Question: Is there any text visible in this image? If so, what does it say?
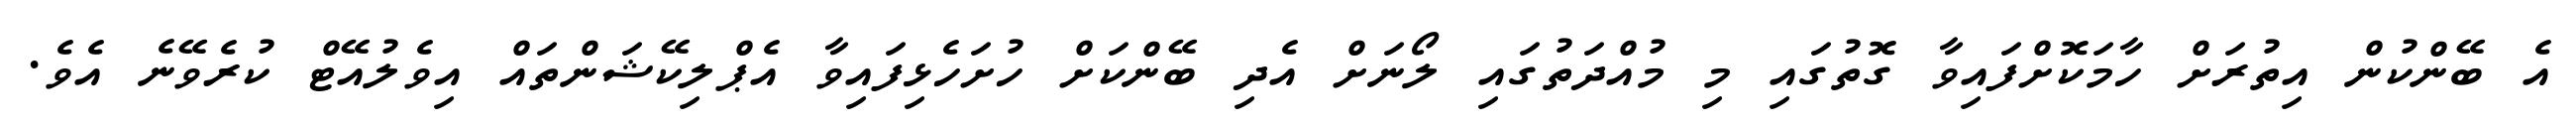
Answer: އެ ބޭންކުން އިތުރަށް ހާމަކޮށްފައިވާ ގޮތުގައި މި މުއްދަތުގައި ލޯނަށް އެދި ބޭންކަށް ހުށަހެޅިފައިވާ އެޕްލިކޭޝަންތައް އިވެލުއޭޓް ކުރެވޭނެ އެވެ.